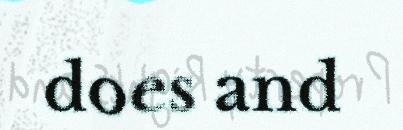
does and